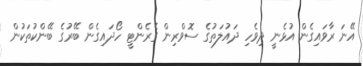
އޭނަ ރާވައިގެން އުޅެނީ ދިވެހި ދައުލަތުގެ ސޮވްރިން ގެރެންޓީ ހޯދައިގެން ބޭރުގެ ބޭންކުތަކުން